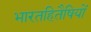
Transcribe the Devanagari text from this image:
भारतहितैषियों